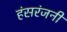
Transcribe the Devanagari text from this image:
हंसरंजनी